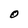
Character: O